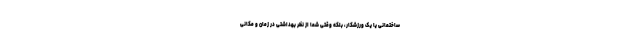
ساختمانی یا یک ورزشکار، بلکه وقتی شما از نظر بهداشتی در زمان و مکانی